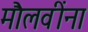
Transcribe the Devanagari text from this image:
मौलवींना